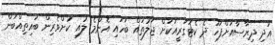
އަދި ދިރާސާއަށްފަހު ދެ ކެޓަގަރީއަކަށް ޖަލުތައް ބަހައި އެންމެ ލުއި ކުށްވެރިން ބައިތިއްބަން